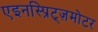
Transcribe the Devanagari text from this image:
एइनस्प्रिट्ज़मोटर